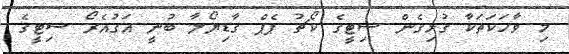
މި ވާހަކަތަކާ ގުޅިގެން ސިޓީގެ ކޯޗު ޕެޕް ގާޑިޔޯލާ ބުނީ އަގުއެރޯ ސިޓީގެ